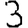
Digit: 3